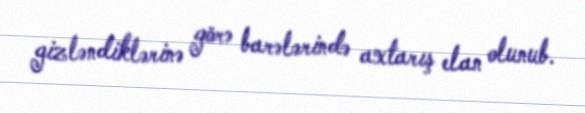
gizləndiklərinə görə barələrində axtarış elan olunub.